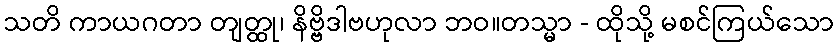
သတိ ကာယဂတာ တျတ္ထု၊ နိဗ္ဗိဒါဗဟုလာ ဘဝ။တသ္မာ - ထိုသို့ မစင်ကြယ်သော